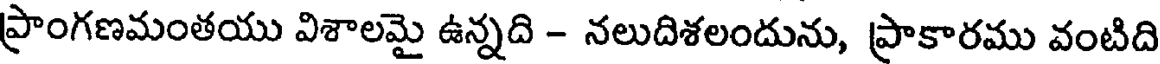
ప్రాంగణమంతయు విశాలమై ఉన్నది - నలుదిశలందును, ప్రాకారము వంటిది